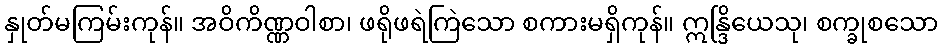
နှုတ်မကြမ်းကုန်။ အဝိကိဏ္ဏဝါစာ၊ ဖရိုဖရဲကြဲသော စကားမရှိကုန်။ ဣန္ဒြိယေသု၊ စက္ခုစသော